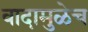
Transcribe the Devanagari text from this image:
वादामुळेच